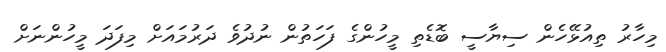
މިހާރު ތިއުޅޭހެން ސިޔާސީ ބޮޑެތި މީހުންގެ ފަހަތުން ނުދުވެ ދަރުމައަށް މިފަދަ މީހުންނަށް